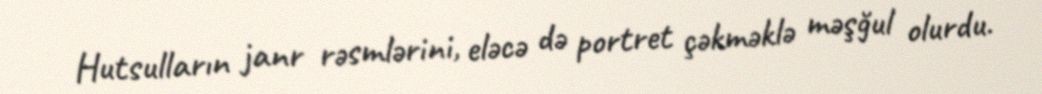
Hutsulların janr rəsmlərini, eləcə də portret çəkməklə məşğul olurdu.